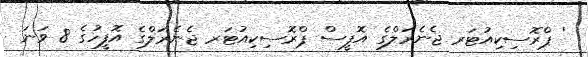
' ޕްރޮސިކިއުޓަރ ޖެނެރަލްގެ އޮފީސް ޕްރޮސިކިއުޓަރ ޖެނެރަލްގެ އޮފީހުގެ 8 ވަނަ